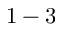
1 - 3